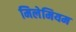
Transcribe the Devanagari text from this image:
मिलेमियम